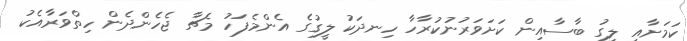
ކަމަށާއި ލީގު ބާސާއިން ކަށަވަރުނުކުރާހާ ހިނދަކު ލީގުގެ އެންމެފަހު މެޗާ ޖެހެންދެން ހިތްވަރާއެކު